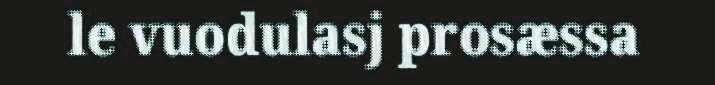
le vuodulasj prosæssa